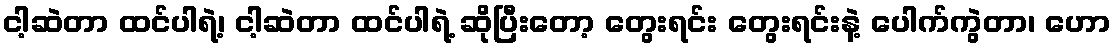
ငါ့ဆဲတာ ထင်ပါရဲ့၊ ငါ့ဆဲတာ ထင်ပါရဲ့ ဆိုပြီးတော့ တွေးရင်း တွေးရင်းနဲ့ ပေါက်ကွဲတာ၊ ဟော